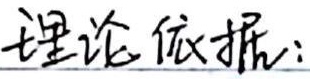
理论依据：